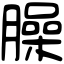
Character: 臊